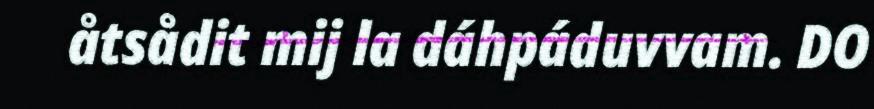
åtsådit mij la dáhpáduvvam. DO